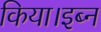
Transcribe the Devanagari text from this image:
किया।इब्न